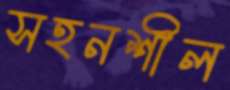
সহনশীল